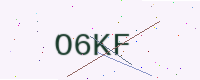
Text: O6KF